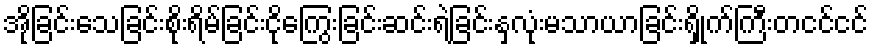
အိုခြင်းသေခြင်းစိုးရိမ်ခြင်းငိုကြွေးခြင်းဆင်းရဲခြင်းနှလုံးမသာယာခြင်းရှိုက်ကြီးတငင်ငင်